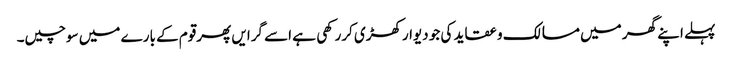
پہلے اپنے گھر میں مسالک و عقاید کی جو دیوارکھڑی کررکھی ہے اسے گرایں پھرقوم کے بارے میں سوچیں۔